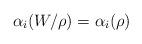
LaTeX: \begin{align*}\alpha_i(W/\rho)=\alpha_i(\rho)\end{align*}